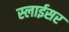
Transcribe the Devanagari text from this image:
स्‍लाईसर